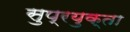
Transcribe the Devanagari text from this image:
सुप्रयुक्ता